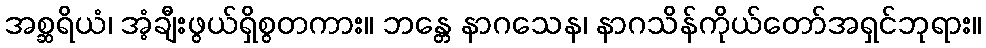
အစ္ဆရိယံ၊ အံ့ချီးဖွယ်ရှိစွတကား။ ဘန္တေ နာဂသေန၊ နာဂသိန်ကိုယ်တော်အရှင်ဘုရား။